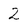
Character: 2